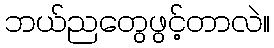
ဘယ်ညတွေဖွင့်တာလဲ။